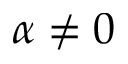
\alpha \neq 0